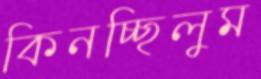
কিনচ্ছিলুম